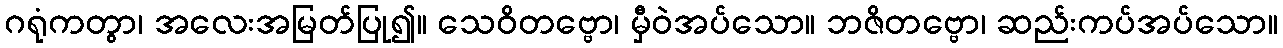
ဂရုံကတွာ၊ အလေးအမြတ်ပြု၍။ သေဝိတဗ္ဗော၊ မှီဝဲအပ်သော။ ဘဇိတဗ္ဗော၊ ဆည်းကပ်အပ်သော။